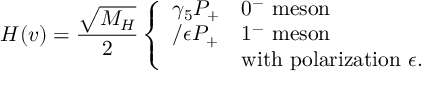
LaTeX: { \cal H } ( v ) = \frac { \sqrt { M _ { H } } } { 2 } \left\{ \begin{array} { l l } { { \gamma _ { 5 } P _ { + } } } & { { 0 ^ { - } \mathrm { ~ m e s o n } } } \\ { { \slash { \epsilon } P _ { + } } } & { { 1 ^ { - } \mathrm { ~ m e s o n } } } \\ { { } } & { { \mathrm { w i t h ~ p o l a r i z a t i o n ~ } \epsilon . } } \end{array} \right.